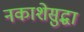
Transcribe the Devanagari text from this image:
नकाशेसुद्धा